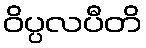
ဝိပ္ပလပီတိ